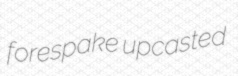
forespake upcasted